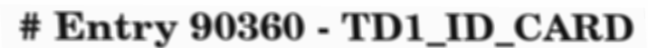
# Entry 90360 - TD1_ID_CARD